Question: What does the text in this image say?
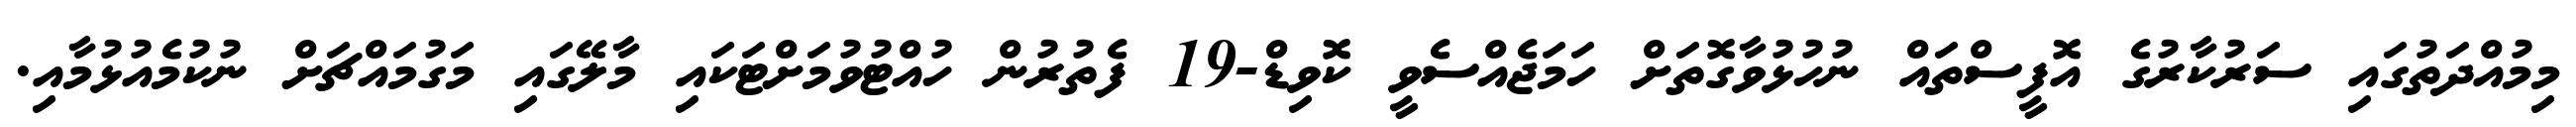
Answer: މިމުއްދަތުގައި ސަރުކާރުގެ އޮފީސްތައް ނުހުޅުވާގޮތަށް ހަމަޖެއްސެވީ ކޮވިޑް-19 ފެތުރުން ހުއްޓުވުމަށްޓަކައި މާލޭގައި މަގުމައްޗަށް ނުކުމެއުޅުމާއި.